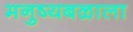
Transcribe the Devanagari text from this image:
मनुष्यबळाला